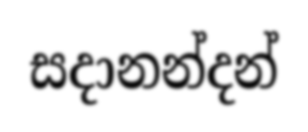
සදානන්දන්